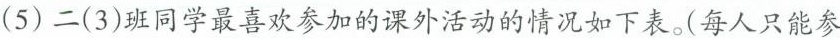
(5)二(3)班同学最喜欢参加的课外活动的情况如下表。(每人只能参